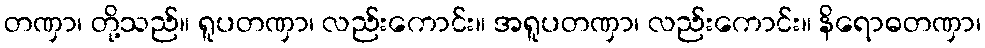
တဏှာ၊ တို့သည်။ ရူပတဏှာ၊ လည်းကောင်း။ အရူပတဏှာ၊ လည်းကောင်း။ နိရောဓတဏှာ၊